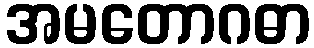
အမတောဂဓာ